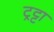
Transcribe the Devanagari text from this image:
ट्रट्टा